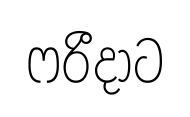
ෆරීදාට